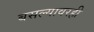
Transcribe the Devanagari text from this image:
बसल्यावरही